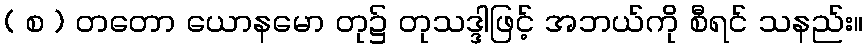
( စ ) တတော ယောနမော တု၌ တုသဒ္ဒါဖြင့် အဘယ်ကို စီရင် သနည်း။